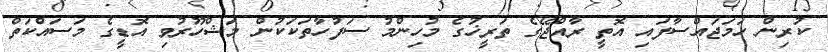
ކުރިން ހަމަޖައްސާފައި އޮތީ ރާއްޖޭގެ ތަރީޚުގެ މުހިންމު ސަފުހާތަކަކުން މަޝްހޫރުވި އޮޑީގެ މަސައްކަތް